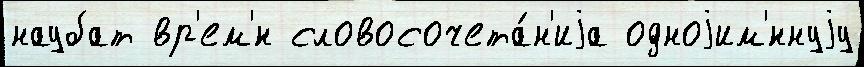
наубат вр'ем'́н словосочета́н'иjа одноjим'́ннуjу